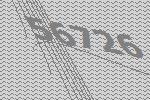
56726